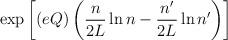
LaTeX: \begin{align*}\exp\left[(eQ)\left(\frac{n}{2L}\ln{n} - \frac{n'}{2L}\ln{n'}\right)\right]\end{align*}